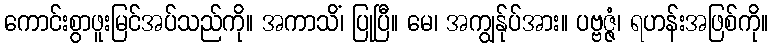
ကောင်းစွာဖူးမြင်အပ်သည်ကို။ အကာသိံ၊ ပြုပြီ။ မေ၊ အကျွန်ုပ်အား။ ပဗ္ဗဇ္ဇံ၊ ရဟန်းအဖြစ်ကို။